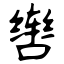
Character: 辔